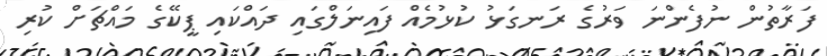
ފަރާތުން ނުފެންނަ ވަރުގެ ރަނގަޅު ކުޅުމެއް ފައިނަލްގައި ދައްކައި ޕީކޭގެ މައްޗަށް ކުރި